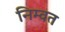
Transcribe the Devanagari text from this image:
निम्वत